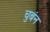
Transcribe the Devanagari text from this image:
चुबंन